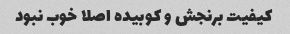
کیفیت برنجش و کوبیده اصلا خوب نبود